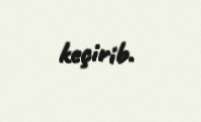
keçirib.